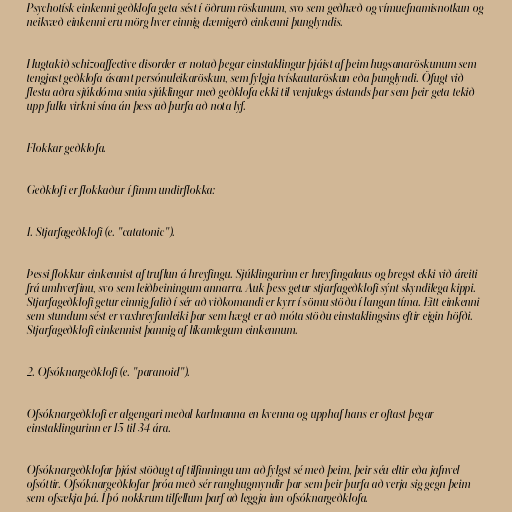
Psychotísk einkenni geðklofa geta sést í öðrum röskunum, svo sem geðhæð og vímuefnamisnotkun og
neikvæð einkenni eru mörg hver einnig dæmigerð einkenni þunglyndis.

Hugtakið schizoaffective disorder er notað þegar einstaklingur þjáist af þeim hugsanaröskunum sem
tengjast geðklofa ásamt persónuleikaröskun, sem fylgja tvískautaröskun eða þunglyndi. Öfugt við
flesta aðra sjúkdóma snúa sjúklingar með geðklofa ekki til venjulegs ástands þar sem þeir geta tekið
upp fulla virkni sína án þess að þurfa að nota lyf.

Flokkar geðklofa.

Geðklofi er flokkaður í fimm undirflokka:

1. Stjarfageðklofi (e. "catatonic").

Þessi flokkur einkennist af truflun á hreyfingu. Sjúklingurinn er hreyfingalaus og bregst ekki við áreiti
frá umhverfinu, svo sem leiðbeiningum annarra. Auk þess getur stjarfageðklofi sýnt skyndilega kippi.
Stjarfageðklofi getur einnig falið í sér að viðkomandi er kyrr í sömu stöðu í langan tíma. Eitt einkenni
sem stundum sést er vaxhreyfanleiki þar sem hægt er að móta stöðu einstaklingsins eftir eigin höfði.
Stjarfageðklofi einkennist þannig af líkamlegum einkennum.

2. Ofsóknargeðklofi (e. "paranoid").

Ofsóknargeðklofi er algengari meðal karlmanna en kvenna og upphaf hans er oftast þegar
einstaklingurinn er 15 til 34 ára.

Ofsóknargeðklofar þjást stöðugt af tilfinningu um að fylgst sé með þeim, þeir séu eltir eða jafnvel
ofsóttir. Ofsóknargeðklofar þróa með sér ranghugmyndir þar sem þeir þurfa að verja sig gegn þeim
sem ofsækja þá. Í þó nokkrum tilfellum þarf að leggja inn ofsóknargeðklofa.